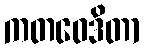
ကတဝေဒိတာ